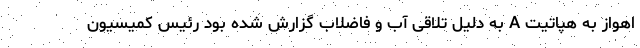
اهواز به هپاتیت A به دلیل تلاقی آب و فاضلاب گزارش شده بود رئیس کمیسیون